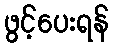
ဖွင့်ပေးရန်